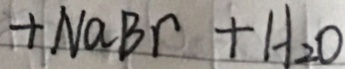
+ N a B r + H _ { 2 } O